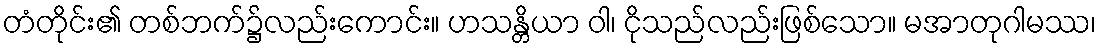
တံတိုင်း၏ တစ်ဘက်၌လည်းကောင်း။ ဟသန္တိယာ ဝါ၊ ငိုသည်လည်းဖြစ်သော။ မအာတုဂါမဿ၊